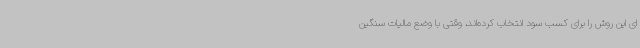
ای این روش را برای کسب سود انتخاب کرده‌اند، وقتی با وضع مالیات سنگین